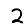
Digit: 2